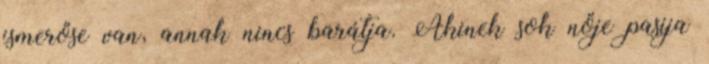
ismerőse van, annak nincs barátja. Akinek sok nője pasija